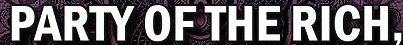
PARTY OF THE RICH